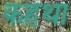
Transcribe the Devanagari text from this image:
कहथा